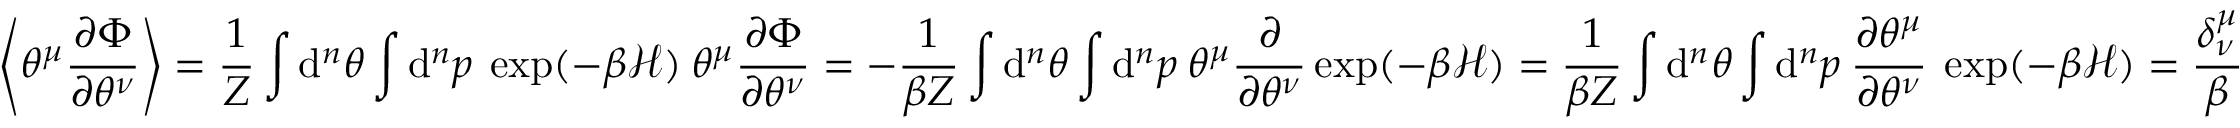
\left\langle \theta ^ { \mu } \frac { \partial \Phi } { \partial \theta ^ { \nu } } \right\rangle = \frac { 1 } { Z } \int \mathrm { d } ^ { n } \theta \int \mathrm { d } ^ { n } p \: \exp ( - \beta \mathcal { H } ) \: \theta ^ { \mu } \frac { \partial \Phi } { \partial \theta ^ { \nu } } = - \frac { 1 } { \beta Z } \int \mathrm { d } ^ { n } \theta \int \mathrm { d } ^ { n } p \: \theta ^ { \mu } \frac { \partial } { \partial \theta ^ { \nu } } \exp ( - \beta \mathcal { H } ) = \frac { 1 } { \beta Z } \int \mathrm { d } ^ { n } \theta \int \mathrm { d } ^ { n } p \: \frac { \partial \theta ^ { \mu } } { \partial \theta ^ { \nu } } \: \exp ( - \beta \mathcal { H } ) = \frac { \delta _ { \nu } ^ { \mu } } { \beta }